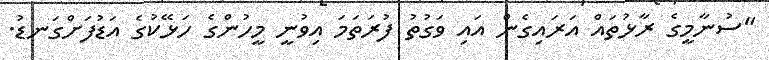
"ސުނާމީގެ ރާޅުތައް އަރައިގެން އައި ވަގުތު ފުރަތަމަ އިވުނީ މީހުންގެ ހަޅޭކުގެ އަޑުފަށްގަނޑު.